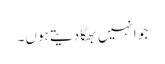
جو انہیں بھگا دیتے ہوں۔